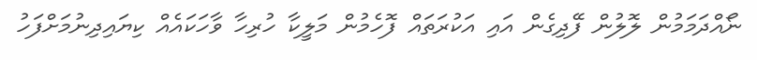
ނޯއްދަމަމުން ލޮލުން ފޭދިގެން އައި އަކުރަތައް ފޮހެމުން މަލީކާ ހުރިހާ ވާހަކައެއް ކިޔައިދިނުމަށްފަހު